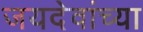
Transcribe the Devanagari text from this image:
जयदेवांच्या